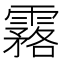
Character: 𩅗